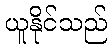
ယူနိုင်သည်